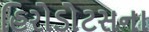
હિરોડોટસના